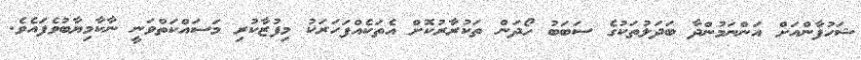
ޝަހުފާންއަށް އަންނަމުންދާ ބަދަލުތަކުގެ ސަބަބު ހޯދަން ތަކުރާރުކޮށް އެތަކެއްފަހަރަކު މިފުޒާކުރި މަސައްކަތްވަނީ ނާކާމިޔާބުވެފައެވެ.